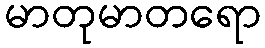
မာတုမာတရော